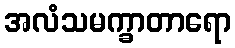
အလံသမက္ခာတာရော